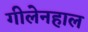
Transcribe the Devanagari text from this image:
गीलेनहाल